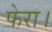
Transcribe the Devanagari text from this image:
फेरा।